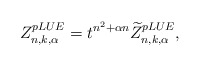
\begin{align*}Z_{n,k,\alpha}^{pLUE} = t^{n^2 + \alpha n} \widetilde{Z}_{n,k,\alpha}^{pLUE},\end{align*}